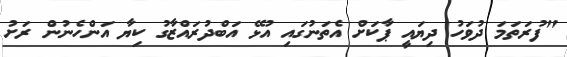
"ފުރަތަމަ ދުވަހު ދިޔައީ ޕާކަށް އެތަނުގައި އުޅޭ އަބްދުރައްޒާގު ކިޔާ އަންހެނުން ރަށު